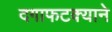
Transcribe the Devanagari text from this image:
दगाफटक्याने